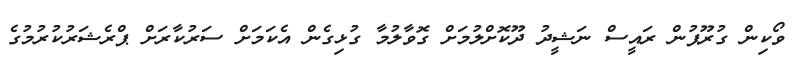
ވޯކިން ގުރޫޕުން ރައީސް ނަޝީދު ދޫކޮށްލުމަށް ގޮވާލުމާ ގުޅިގެން އެކަމަށް ސަރުކާރަށް ޕްރެޝަރުކުރުމުގެ